King Institute of Preventive Medicine Micro-Biological Section reports 1912-19
Year: 1912
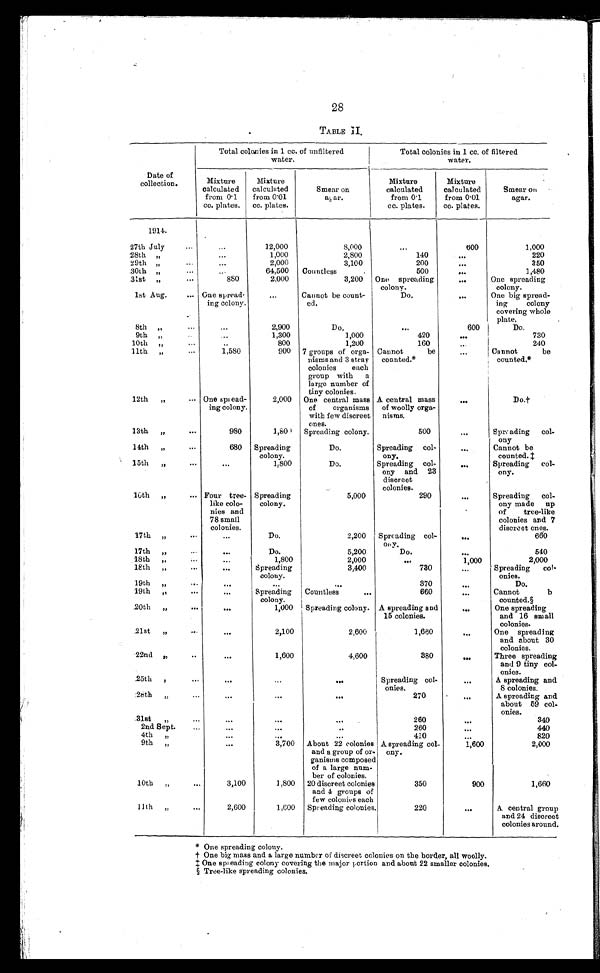
28
TABLE
Date of
collection.
Total colonies in 1 cc. of unfiltered
water.
Total colonies in 1 cc. of filtered
water.
Mixture
calculated
from 0.1
cc. plates.
Mixture
calculated
from 0.01
cc. plates.
Smear on
agar.
Mixture
calculated
from 0.1
cc. plates.
Mixture
calculated
from 0.01
cc. plates.
Smear on
agar.
1914.
27th July
..
12,000
8,000
600
1,000
28th "
...
1,000
2,800
140
. . .
220
29th "
...
...
2,000
3,100
200
. . .
350
.30th "
...
64,500 Countless
.
500
. . .
1,480
31st "
...
880
2,000
3,200 One spreading
colony.
...
One spreading
colony.
1st Aug.
... One spread-
ing colony.
...
Cannot be count-
ed.
Do.
. . .
One big spread-
ing colony
covering whole
plate.
8th "
...
2,900
Do,
. . .
600
Do.
9th "
..
1,300
1,000
420
...
730
10th "
...
..
800
1,200
160
...
240
11th "
...
1,580
900 7 groups of orga-
nisms and 3 stray
colonies each
group with a
large number of
tiny colonies.
Cannot be
counted.*
...
Cannot be
counted.*
12th "
... One spread-
ing colony.
2,000 One central mass
of
organisms
with few discreet
ones.
A central mass
of woolly orga-
nisms.
. . .
D o . †
13th "
...
980
1,80
Spreading colony.
500
. . .
Spreading col-
ony
14th "
...
680 Spreading
colony.
Do.
Spreading col-
ony.
. . .
Cannot be
counted. ‡
15th "
...
...
1.800
Do.
Spreading col-
ony and 23
discreet
colonies.
. . . .
Spreading col-
ony.
16th "
... Four tree-
like colo-
nies and
78 small
colonies.
Spreading
colony.
5,000
29
Spreading col-
ony made up
of tree-like
colonies and 7
discreet ones.
17th "
-
...
Do.
2,200 Spreading col-
oily,
. . .
660
17th "
...
. . .
Do.
5,200
Do.
. . .
540
18th "
...
1,800
2,000
. . .
1,000
2,000
18th "
.
Spreading
colony.
3,400
730
. . .
Spreading col-
onies.
19th "
...
. . .
. . .
370
. . .
Do.
19th "
...
. . .
Spreading
colony.
Countless
...
660
. . .
Cannot
b
counted.§
20th "
...
. . .
1,000 Spreading colony. A spreading and
15 colonies.
. . .
One spreading
and 16 small
colonies.
21st
. . .
2,100
2,600
1,660
. . .
One spreading
and about 30
colonies.
22nd "
..
. . .
1,600
4,600
380
. . .
Three spreading
and 9 tiny col-
onies.
25th " ...
. . .
...
..
Spreading col-
onies.
. . .
A spreading and
8 colonies.
28th "
...
. . .
. . .
. .
270
. . .
A spreading and
about 59 col-
onies.
.31st "
...
...
...
...
260
..`3 40
2nd S ept.
..
. . .
...
..
260
. . .
440
4th ,,
...
. . .
...
410
820
9th "
. . .
3,700 About 22 colonies
and a group of or-
ganisms composed
of a large num-
ber of colonies.
A spreading col-
ony.
1,600
2,000
10th
...
3,100
1,800 20 discreet colonies
and 4 groups of
few colonies each
350
900
1,660
11th "
...
2,600
1,000 Spreading colonies.
220
..
A central group
and 24 discreet
colonies around.
* One spreading colony.
† One bi g mass and a l ar ge number of di scr eet col oni es on t he bor der , al l wool l y.
One spreading colony covering the major portion and about 22 smaller colonies.
§ Tree-like spreading colonies.